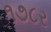
૧૭૮ર